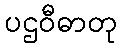
ပဌဝီဓာတု